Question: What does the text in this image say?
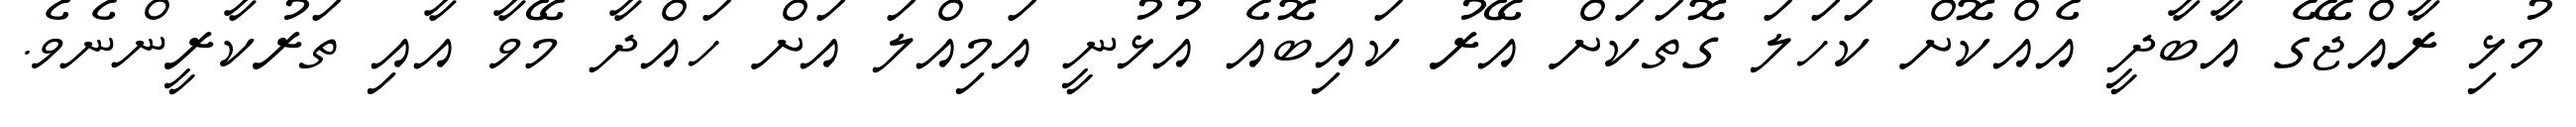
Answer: މުޅި ރާއްޖޭގެ އާބާދީ އެއްކޮށް ކަހަލަ ގޮތަކަށް އޭރު ކައިބޮއެ އުޅުނީ އަމިއްލަ އަށް ހައްދާ މޭވާ އާއި ތަރުކާރީންނެވެ.